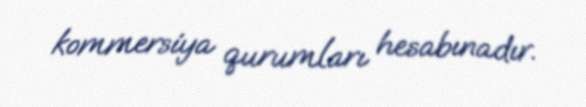
kommersiya qurumları hesabınadır.